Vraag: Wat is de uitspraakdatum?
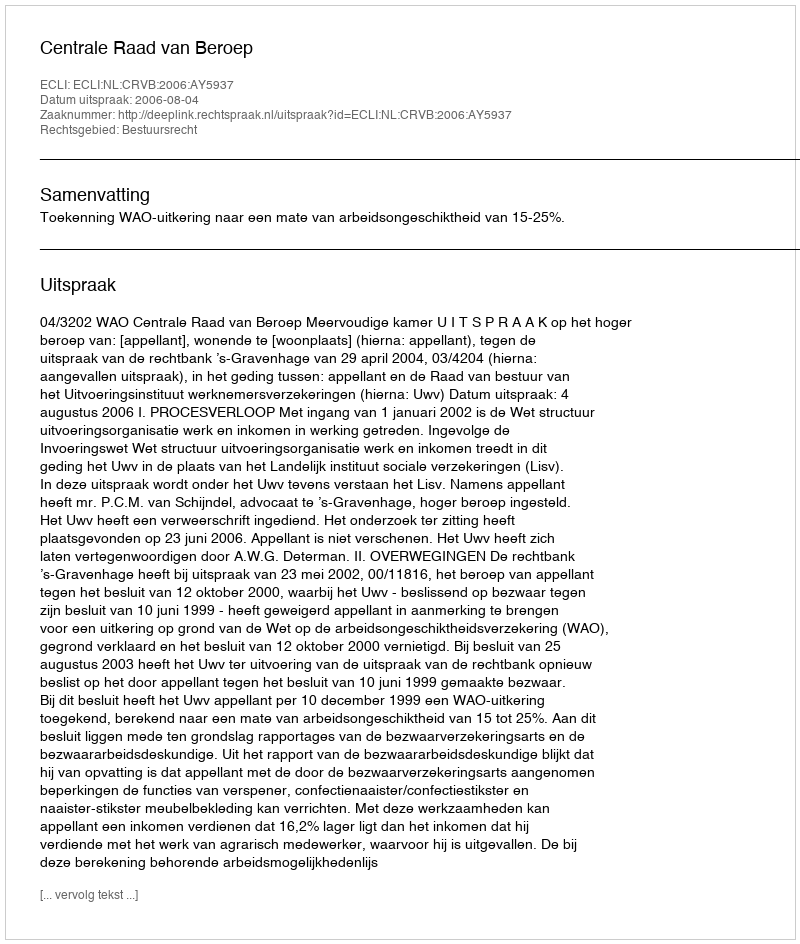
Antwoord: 2006-08-04